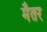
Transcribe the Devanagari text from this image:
मैतर